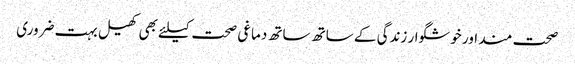
صحت مند اور خوشگوار زندگی کے ساتھ ساتھ دماغی صحت کیلئے بھی کھیل بہت ضروری